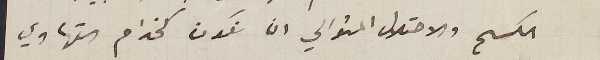
الكسح والاحتلال ان نكون كخدام التهاوي